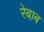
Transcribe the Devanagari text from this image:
रेबाब